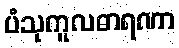
ပံသုကူလဓာရဏာ